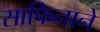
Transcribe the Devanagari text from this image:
साफिनाने